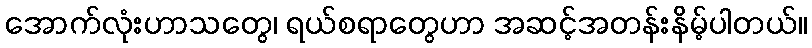
အောက်လုံးဟာသတွေ၊ ရယ်စရာတွေဟာ အဆင့်အတန်းနိမ့်ပါတယ်။